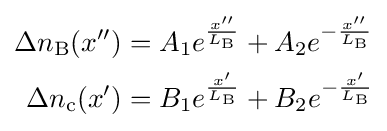
{\begin{aligned}\Delta n_{\text{B}}(x'')&=A_{1}e^{\frac {x''}{L_{\text{B}}}}+A_{2}e^{-{\frac {x''}{L_{\text{B}}}}}\\\Delta n_{\text{c}}(x')&=B_{1}e^{\frac {x'}{L_{\text{B}}}}+B_{2}e^{-{\frac {x'}{L_{\text{B}}}}}\end{aligned}}